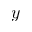
y